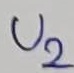
Text: U2